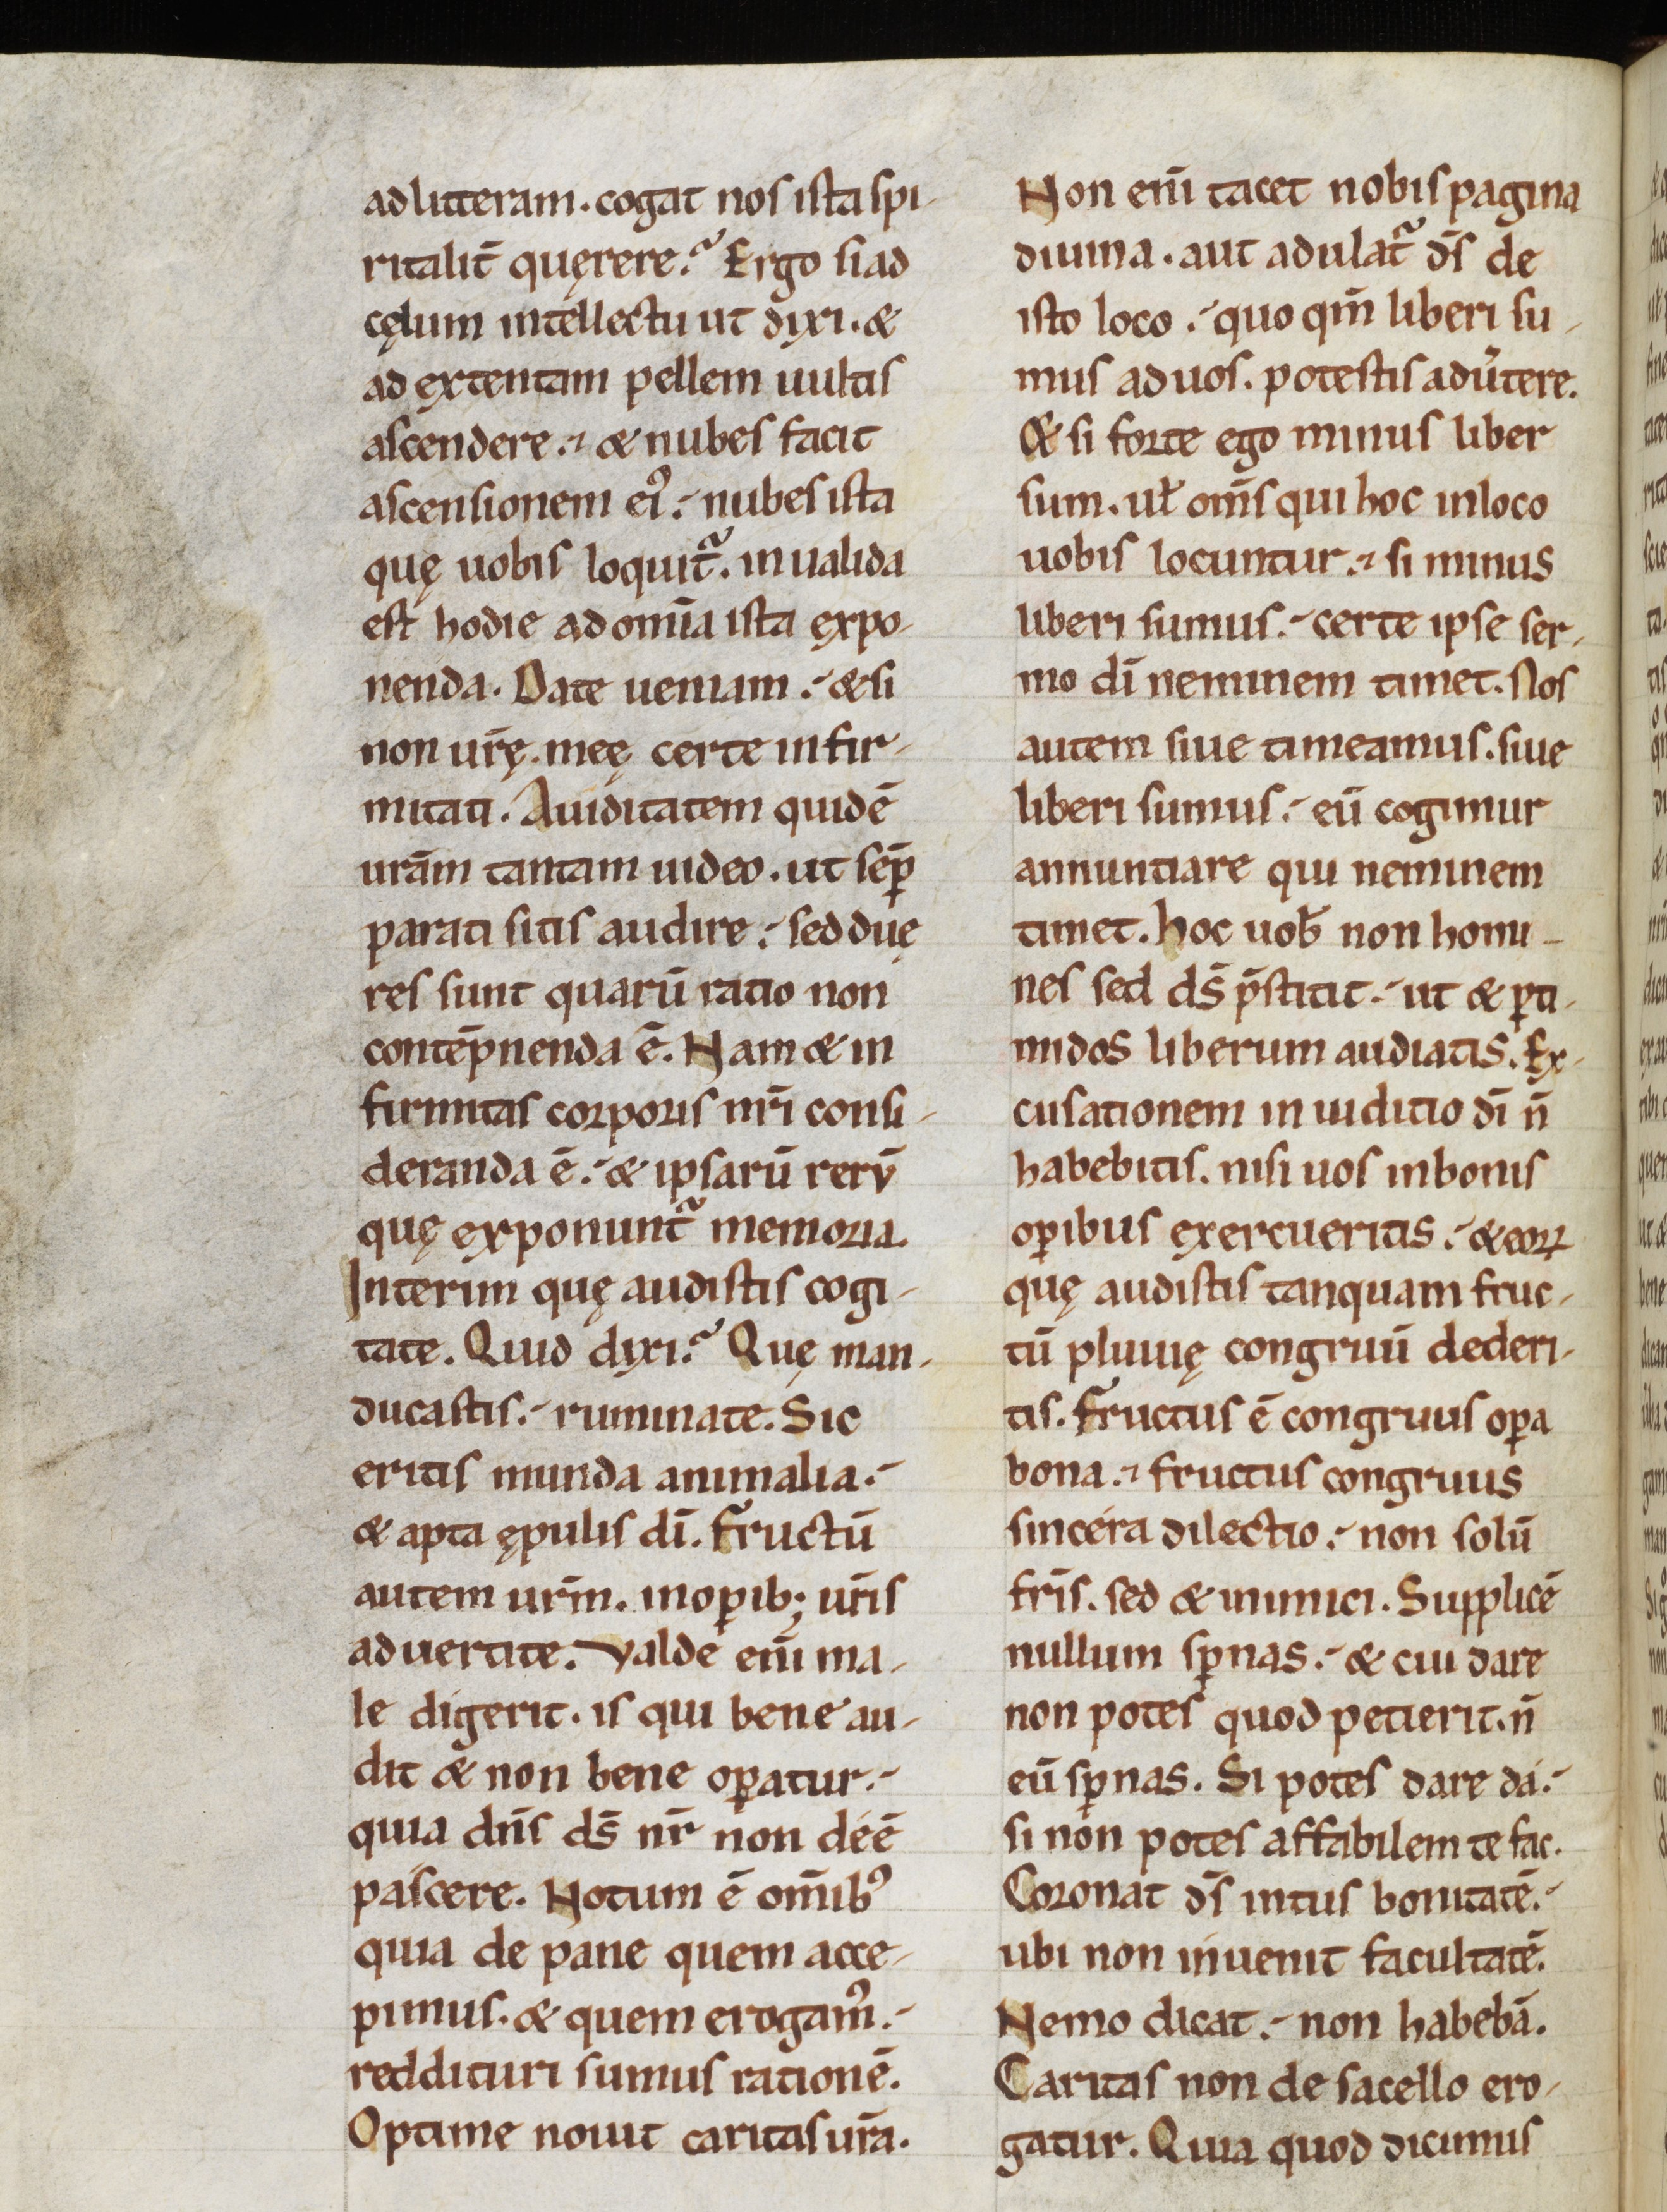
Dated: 1100–1199